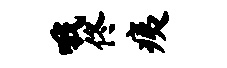
哦佟痍